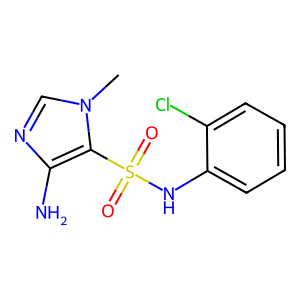
SMILES: Cn1cnc(N)c1S(=O)(=O)Nc1ccccc1Cl
Inhibits HIV replication: No